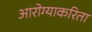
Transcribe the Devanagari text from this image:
आरोग्याकरिता